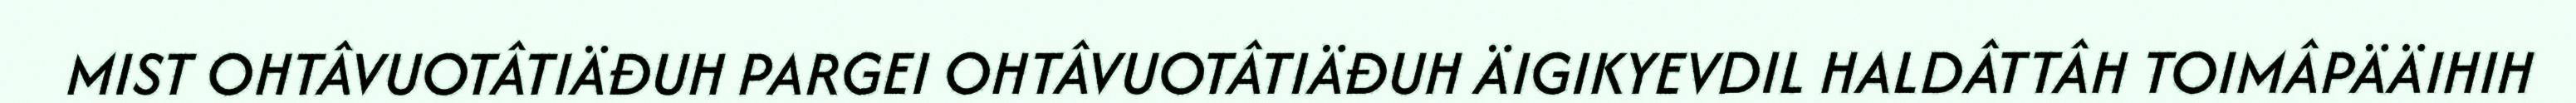
MIST OHTÂVUOTÂTIÄĐUH PARGEI OHTÂVUOTÂTIÄĐUH ÄIGIKYEVDIL HALDÂTTÂH TOIMÂPÄÄIHIH